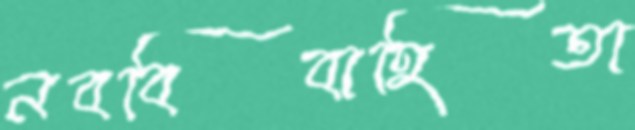
নববিবাহিতা